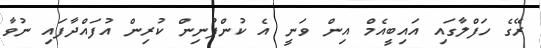
ރޭގެ ހަފްލާގައި އައިބީއެމް އިން ވަނީ އެ ކުންފުނިން ކުރިން އުފައްދާފައި ނުވާ